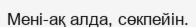
Мені-ақ алда, сөкпейін.